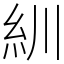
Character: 紃